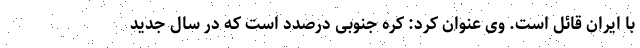
با ایران قائل است. وی عنوان کرد: کره جنوبی درصدد است که در سال جدید